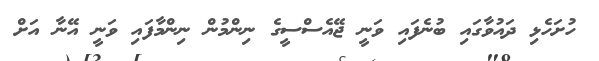
ހުށަހެޅި ދައުވާގައި ބުނެފައި ވަނީ ޖޭއެސްސީގެ ނިންމުން ނިންމާފައި ވަނީ އޭނާ އަށް